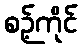
စဉ့်ကိုင်